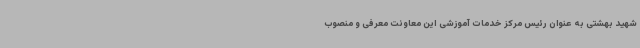
شهید بهشتی به عنوان رئیس مرکز خدمات آموزشی این معاونت معرفی و منصوب